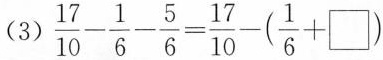
（3）$$\frac{17}{10} - \frac{1}{6} - \frac{5}{6} =